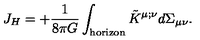
J _ { H } = + { \frac { 1 } { 8 \pi G } } \int _ { \mathrm { h o r i z o n } } \tilde { K } ^ { \mu ; \nu } d \Sigma _ { \mu \nu } .